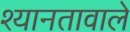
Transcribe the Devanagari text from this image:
श्यानतावाले